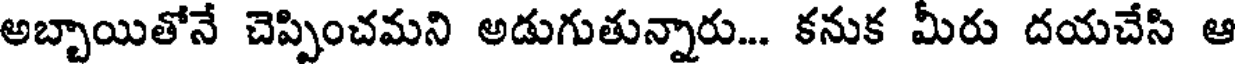
అబ్బాయితోనే చెప్పించమని అడుగుతున్నారు... కనుక మీరు దయచేసి ఆ